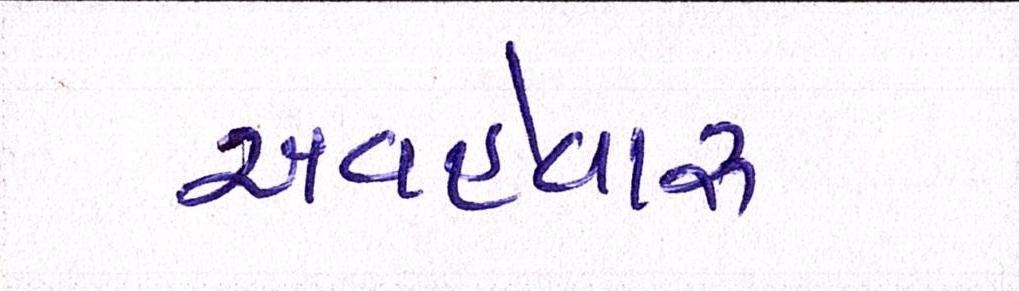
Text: અવહેવારુ